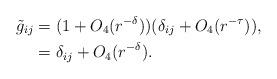
LaTeX: \begin{align*}\tilde{g}_{ij}&=(1+O_4(r^{-\delta}))(\delta_{ij}+O_4(r^{-\tau})),\\&=\delta_{ij}+ O_4(r^{-\delta}).\end{align*}